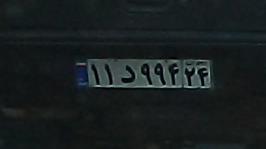
۱۱د۹۹۴۲۴